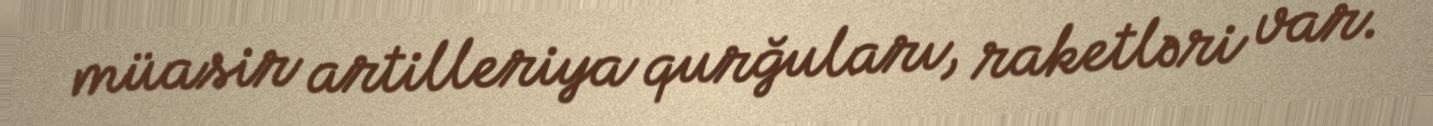
müasir artilleriya qurğuları, raketləri var.